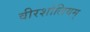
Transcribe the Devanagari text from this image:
वीरशोलियम्